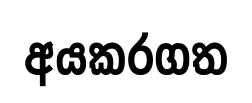
අයකරගත